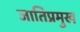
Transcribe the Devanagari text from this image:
जातिप्रमुख